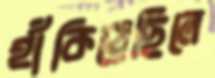
হাঁকিয়েছিলে